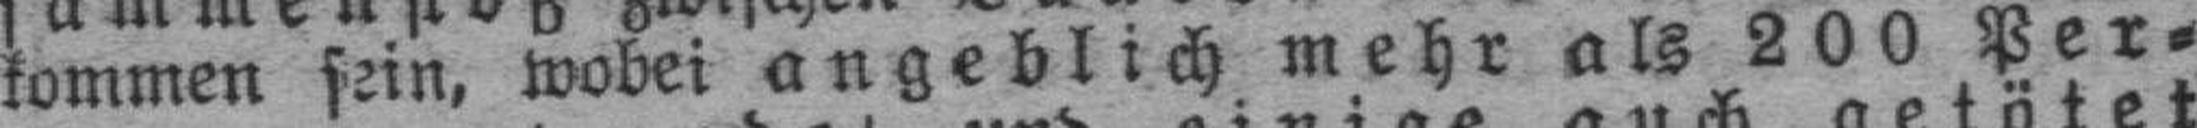
kommen sein, wobei angeblich mehr als 200 Per¬